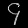
Digit: ၄